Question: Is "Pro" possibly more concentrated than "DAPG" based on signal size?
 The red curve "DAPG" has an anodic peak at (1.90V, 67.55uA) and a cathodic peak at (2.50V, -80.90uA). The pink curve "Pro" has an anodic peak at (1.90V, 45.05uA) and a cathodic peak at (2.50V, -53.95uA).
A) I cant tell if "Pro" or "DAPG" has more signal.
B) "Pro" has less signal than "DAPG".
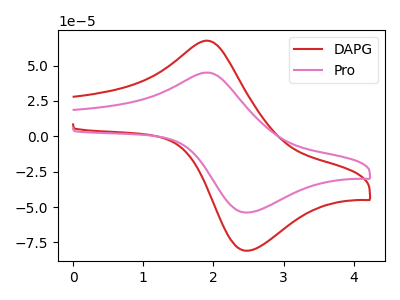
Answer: <think>All the peaks in "Pro" have a peak in "DAPG" at the same potential. Every peak in "Pro" is lower than every peak in "DAPG".
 </think>
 <answer>B) "Pro" has less signal than "DAPG".</answer>
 <eval>B</eval>